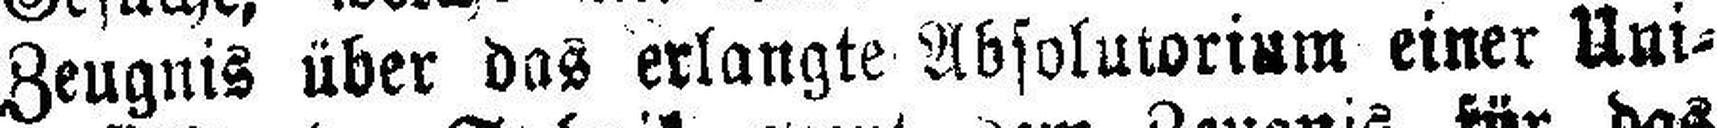
Zeugnis über das erlangte Absolutorium einer Uni¬